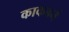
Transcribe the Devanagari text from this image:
काकबर्न